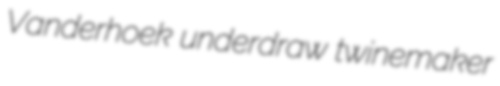
Vanderhoek underdraw twinemaker